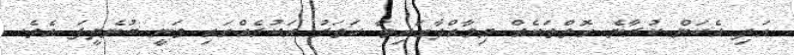
އަދި އެކަން ކުރާނެ ގޮތްތަކެއް މިމާއްދާގައިވާ ހަަތަރު އަކުރެއްގައި ވަނީ ބުނެދީފަ އެވެެ.